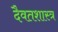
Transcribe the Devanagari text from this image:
दैवतशास्त्र